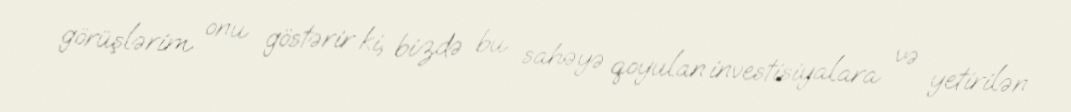
görüşlərim onu göstərir ki, bizdə bu sahəyə qoyulan investisiyalara və yetirilən